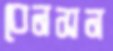
বেনসন